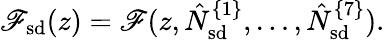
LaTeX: \mathscr{F}_{\mathrm{{sd}}}(z)=\mathscr{F}(z,\hat{{N}}_{\mathrm{{sd}}}^{\{ 1\} },\ldots,\hat{{N}}_{\mathrm{{sd}}}^{\{ 7\} }).